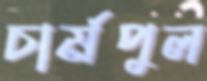
চার্মপুল